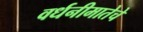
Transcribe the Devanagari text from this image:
वर्धनीमातेचे